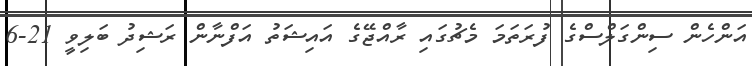
އަންހެން ސިންގަލްސްގެ ފުރަތަމަ މެޗުގައި ރާއްޖޭގެ އައިޝަތު އަފްނާން ރަޝިދު ބަލިވީ 21-6